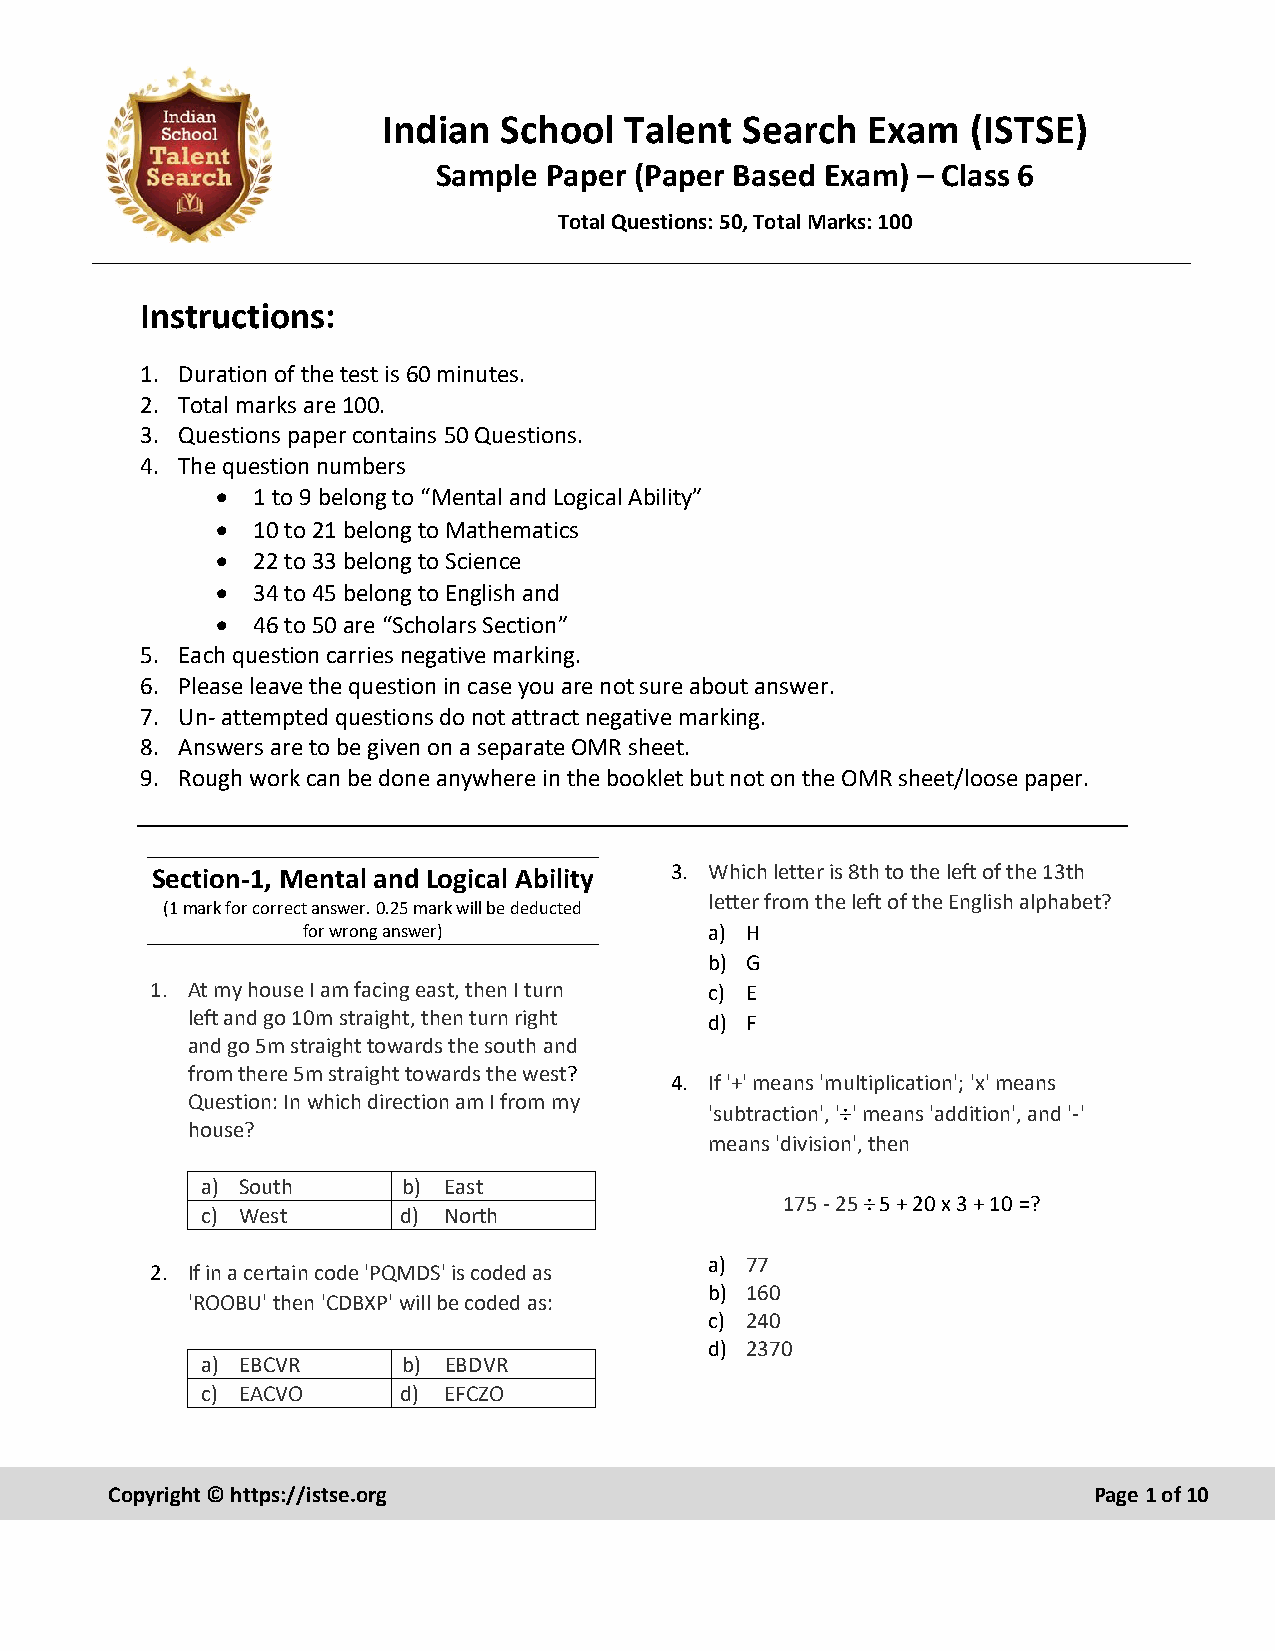
Indian  School  Talent  Search  Exam   (ISTSE)
 Sample Paper (Paper Based Exam) – Class 6
 Total Questions: 50, Total Marks: 100
 Instructions:
 1. Duration of the test is 60 minutes.
 2. Total marks are 100.
 3. Questions paper contains 50 Questions.
 4. The question numbers
 •  1 to 9 belong to “Mental and Logical Ability”
 •  10 to 21 belong to Mathematics
 •  22 to 33 belong to Science
 •  34 to 45 belong to English and
 •  46 to 50 are “Scholars Section”
 5. Each question carries negative marking.
 6. Please leave the question in case you are not sure about answer.
 7. Un- attempted questions do not attract negative marking.
 8. Answers are to be given on a separate OMR sheet.
 9. Rough work can be done anywhere in the booklet but not on the OMR sheet/loose paper.
 Section-1, Mental and Logical Ability 3. Which letter is 8th to the left of the 13th
 letter from the left of the English alphabet?
 (1 mark for correct answer. 0.25 mark will be deducted
 for wrong answer)          a) H
 b) G
 1. At my house I am facing east, then I turn c) E
 left and go 10m straight, then turn right d) F
 and go 5m straight towards the south and
 from there 5m straight towards the west?
 4. If '+' means 'multiplication'; 'x' means
 Question: In which direction am I from my
 'subtraction', '÷' means 'addition', and '-'
 house?
 means 'division', then
 a) South      b) East
 175 - 25 ÷ 5 + 20 x 3 + 10 =?
 c) West      d) North
 a) 77
 2. If in a certain code 'PQMDS' is coded as
 b) 160
 'ROOBU' then 'CDBXP' will be coded as:
 c) 240
 d) 2370
 a) EBCVR      b) EBDVR
 c) EACVO     d) EFCZO
 Copyright © https://istse.org                                    Page 1 of 10